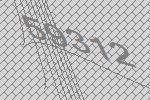
59312